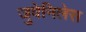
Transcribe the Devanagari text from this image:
जुवेनिलेस